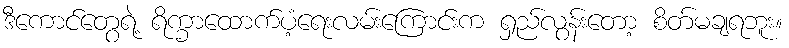
ဒီကောင်တွေရဲ့ ရိက္ခာထောက်ပံ့ရေးလမ်းကြောင်းက ရှည်လွန်းတော့ စိတ်မချရဘူး။